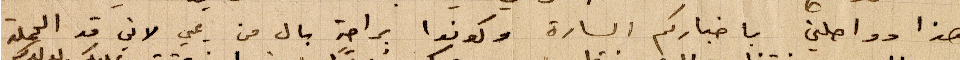
هذا وواصلني باخباركم السارة وكونوا براحة بال من يمي لاني قد الحملة